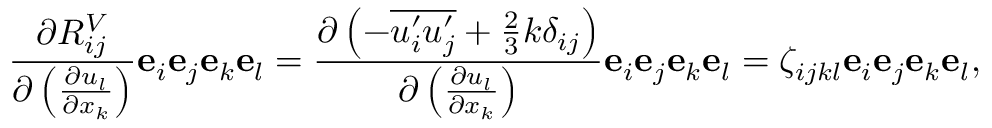
\frac { \partial R _ { i j } ^ { V } } { \partial \left( \frac { \partial u _ { l } } { \partial x _ { k } } \right) } \mathbf { e } _ { i } \mathbf { e } _ { j } \mathbf { e } _ { k } \mathbf { e } _ { l } = \frac { \partial \left( - \overline { { u _ { i } ^ { \prime } u _ { j } ^ { \prime } } } + \frac { 2 } { 3 } k \delta _ { i j } \right) } { \partial \left( \frac { \partial u _ { l } } { \partial x _ { k } } \right) } \mathbf { e } _ { i } \mathbf { e } _ { j } \mathbf { e } _ { k } \mathbf { e } _ { l } = \zeta _ { i j k l } \mathbf { e } _ { i } \mathbf { e } _ { j } \mathbf { e } _ { k } \mathbf { e } _ { l } ,